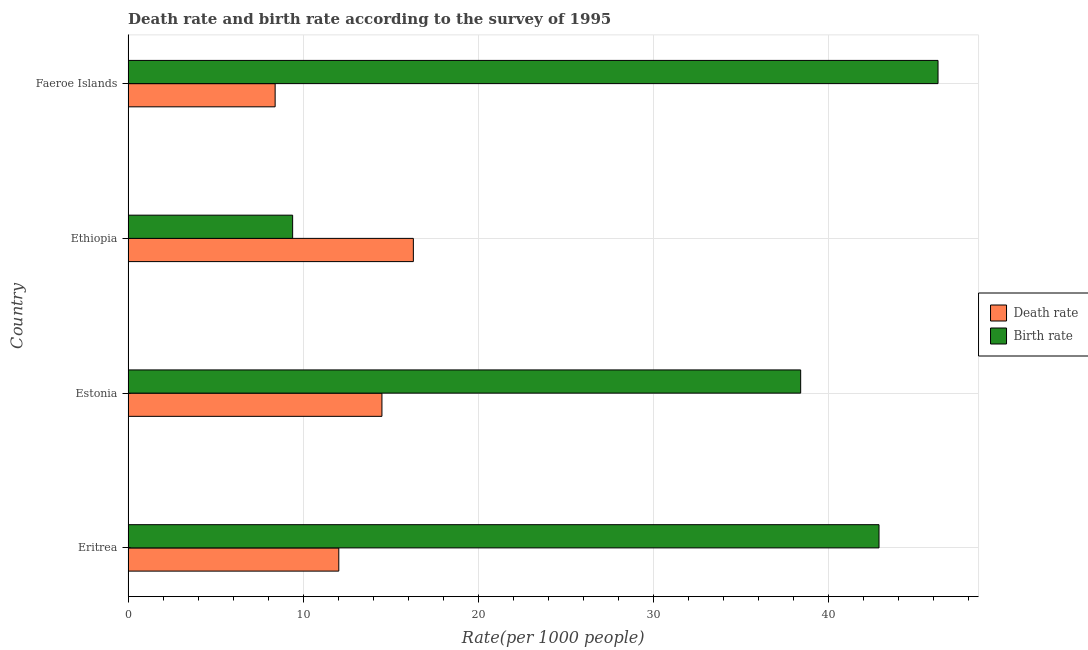
| Country | Death rate | Birth rate |
 | --- | --- | --- |
 | Eritrea | 12 | 42.9 |
 | Estonia | 14.5 | 38.4 |
 | Ethiopia | 16.3 | 9.4 |
 | Faeroe Islands | 8.4 | 46.3 |